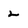
Character: 2